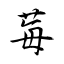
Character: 莓